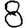
Digit: 8